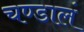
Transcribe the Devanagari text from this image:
चण्डालं